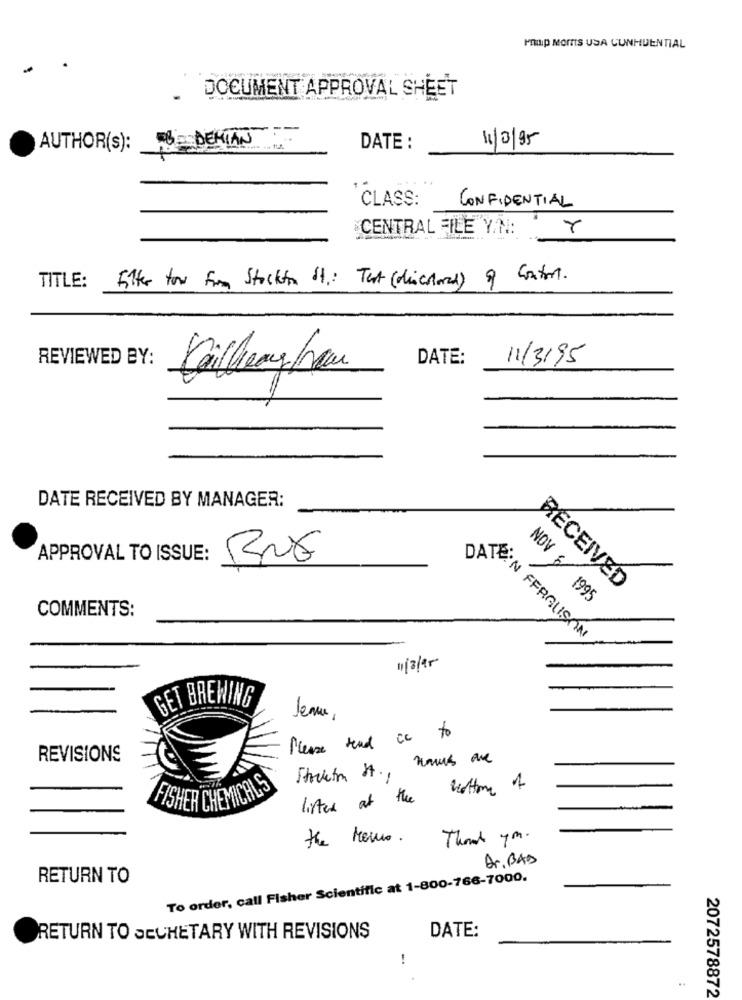
PHILIP MOINS USA CUNHDENTIAL
DOCUMENT APPROVAL SHEET
DEMIAN-
AUTHOR(s):
DATE :
11/3/95
CLASS:
CONFIDENTIAL
CENTRAL FILE Y.N:
Filter fow from Stockto it: Test (discolored) of Control.
TITLE:
REVIEWED BY:
DATE:
11/3/95
Callaway han
DATE RECEIVED BY MANAGER:
APPROVAL TO ISSUE:
RUE
CEIVED
NOV 6/ 1995
COMMENTS:
DATE'N FERGUSON
GET BREWING
lenu ,
Please send is to
REVISIONS
Struletin St ., nous are
lifted at the
FISHER CHEMICALS
the Meno.
Thank you.
Dr. BAD
RETURN TO
To order, call Fisher Scientific at 1-800-766-7000.
DATE:
RETURN TO JECHETARY WITH REVISIONS
!
.
..
2072578872